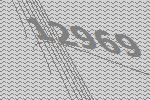
12969